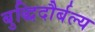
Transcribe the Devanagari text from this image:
बुद्धिदौर्बल्य